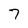
Character: 7